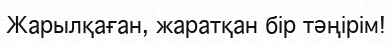
Жарылқаған, жаратқан бір тәңірім!